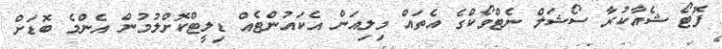
ފޮޓޯ ޝެއާކުރާ ސޯޝަލް ނެޓްވޯކްގެ އެތައް މިލިއަން އެކައުންޓެއް ޑިލީޓްކޮށްލުމުން އެންމެ ބޮޑަށް